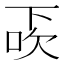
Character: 𠀿